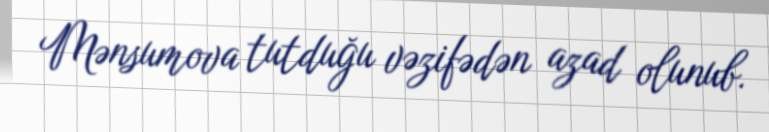
Mənsumova tutduğu vəzifədən azad olunub.